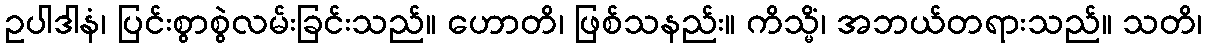
ဥပါဒါနံ၊ ပြင်းစွာစွဲလမ်းခြင်းသည်။ ဟောတိ၊ ဖြစ်သနည်း။ ကိသ္မိံ၊ အဘယ်တရားသည်။ သတိ၊